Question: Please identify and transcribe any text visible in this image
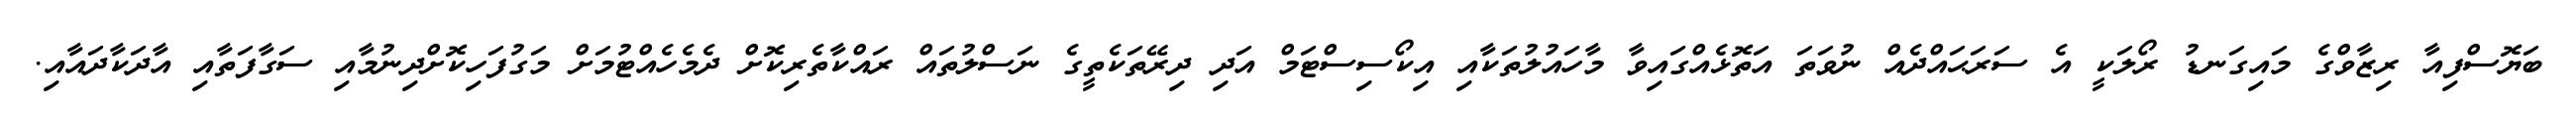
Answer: ބަޔޮސްފިއާ ރިޒާވްގެ މައިގަނޑު ރޯލަކީ އެ ސަރަޙައްދެއް ނުވަތަ އަތޮޅެއްގައިވާ މާހައުލުތަކާއި އިކޯސިސްޓަމް އަދި ދިރޭތަކެތީގެ ނަސްލުތައް ރައްކާތެރިކޮށް ދެމެހެއްޓުމަށް މަގުފަހިކޮށްދިނުމާއި ސަގާފަތާއި އާދަކާދައާއި.